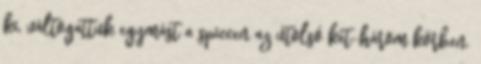
ki, váltogattuk egymást a spiccen az utolsó két-három körben.